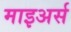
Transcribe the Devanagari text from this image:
माइअर्स